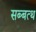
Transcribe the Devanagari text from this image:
सब्बत्थ